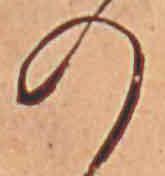
の